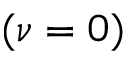
( \nu = 0 )